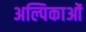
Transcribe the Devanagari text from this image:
अल्पिकाओं